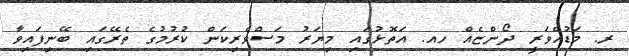
ރ. މަޑުއްވަރީ ދޯންޏެއް ހއ. އަތޮޅުގައި މިޔަރު މަސްވެރިކަން ކުރުމުގެ ތެރޭގައި ބޭނިފައިވާ